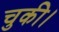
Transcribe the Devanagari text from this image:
चुकी।